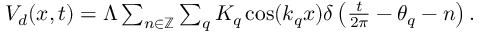
\begin{array} { r } { V _ { d } ( x , t ) = \Lambda \sum _ { n \in \mathbb { Z } } \sum _ { q } K _ { q } \cos ( k _ { q } x ) \delta \left( \frac { t } { 2 \pi } - \theta _ { q } - n \right) . } \end{array}